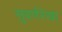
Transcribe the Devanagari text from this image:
सुबर्णरेखा